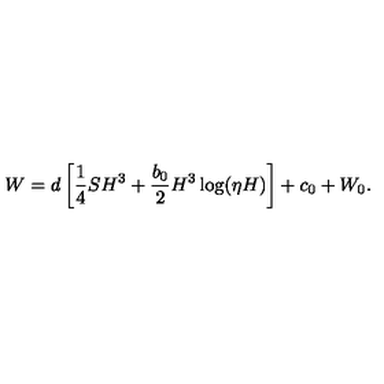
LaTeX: W = d \left[ \frac { 1 } { 4 } S H ^ { 3 } + \frac { b _ { 0 } } { 2 } H ^ { 3 } \log ( \eta H ) \right] + c _ { 0 } + W _ { 0 } .